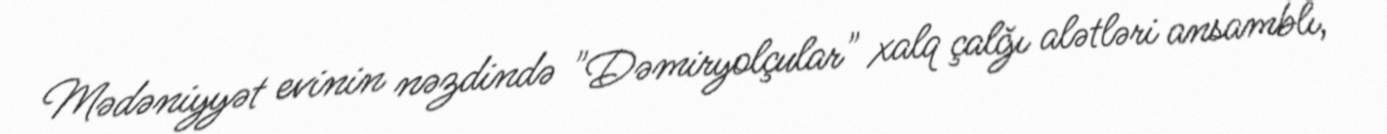
Mədəniyyət evinin nəzdində "Dəmiryolçular" xalq çalğı alətləri ansamblı,